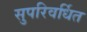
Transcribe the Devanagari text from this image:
सुपरिवर्धित